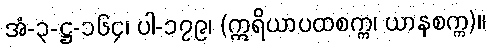
အံ-၃-ဋ္ဌ-၁၆၄၊ ပါ-၁၇၉၊ (ဣရိယာပထစက္က၊ ယာနစက္က)။